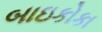
બાઇકોકા